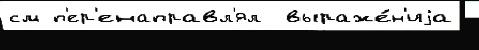
см п'ер'енаправл'ял  выраже́н'иjа